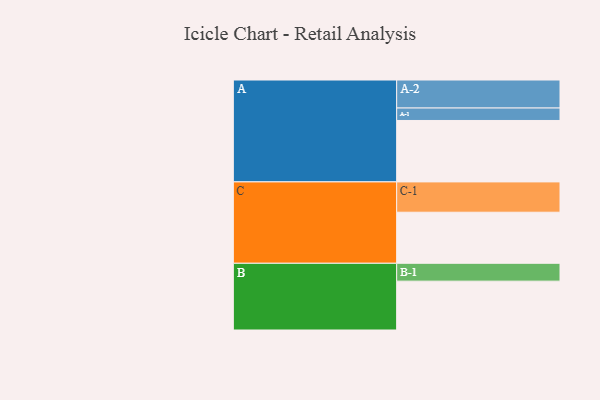
{"axis": {"x": "Segment", "y": "Value"}, "legend": ["", "A", "B", "C"], "data": [{"x": "A", "y": 557, "type": ""}, {"x": "B", "y": 443, "type": ""}, {"x": "C", "y": 463, "type": ""}, {"x": "A-1", "y": 113, "type": "A"}, {"x": "A-2", "y": 254, "type": "A"}, {"x": "B-1", "y": 162, "type": "B"}, {"x": "C-1", "y": 275, "type": "C"}]}